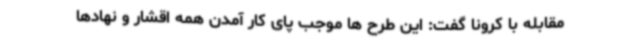
مقابله با کرونا گفت: این طرح ها موجب پای کار آمدن همه اقشار و نهادها